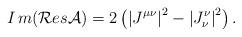
LaTeX: \begin{align*}I\,m(\mathcal{R}es\mathcal{A})=2\left( \left| J^{\mu \nu }\right| ^2-\left|J_\nu ^\nu \right| ^2\right) {.} \end{align*}